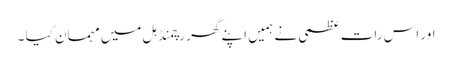
اور اس رات عظمی نے ہمیں اپنے گھر رچمنڈ ہل میں مہمان کیا ۔